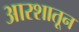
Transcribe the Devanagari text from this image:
आरशातून